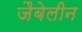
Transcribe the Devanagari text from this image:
जैबेलीन